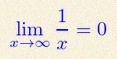
\lim_{x\to\infty}\frac{1}{x}=0